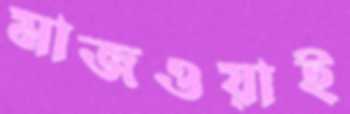
মাজওয়াই